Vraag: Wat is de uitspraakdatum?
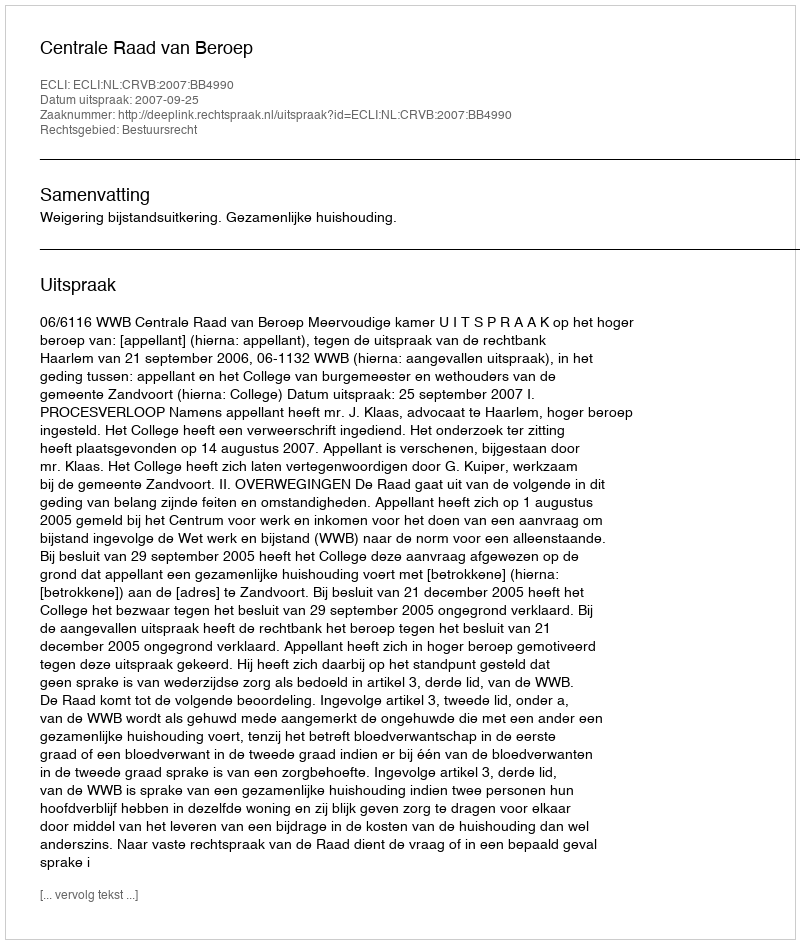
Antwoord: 2007-09-25